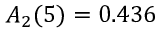
A _ { 2 } ( 5 ) = 0 . 4 3 6